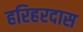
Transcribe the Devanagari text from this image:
हरिहरदास